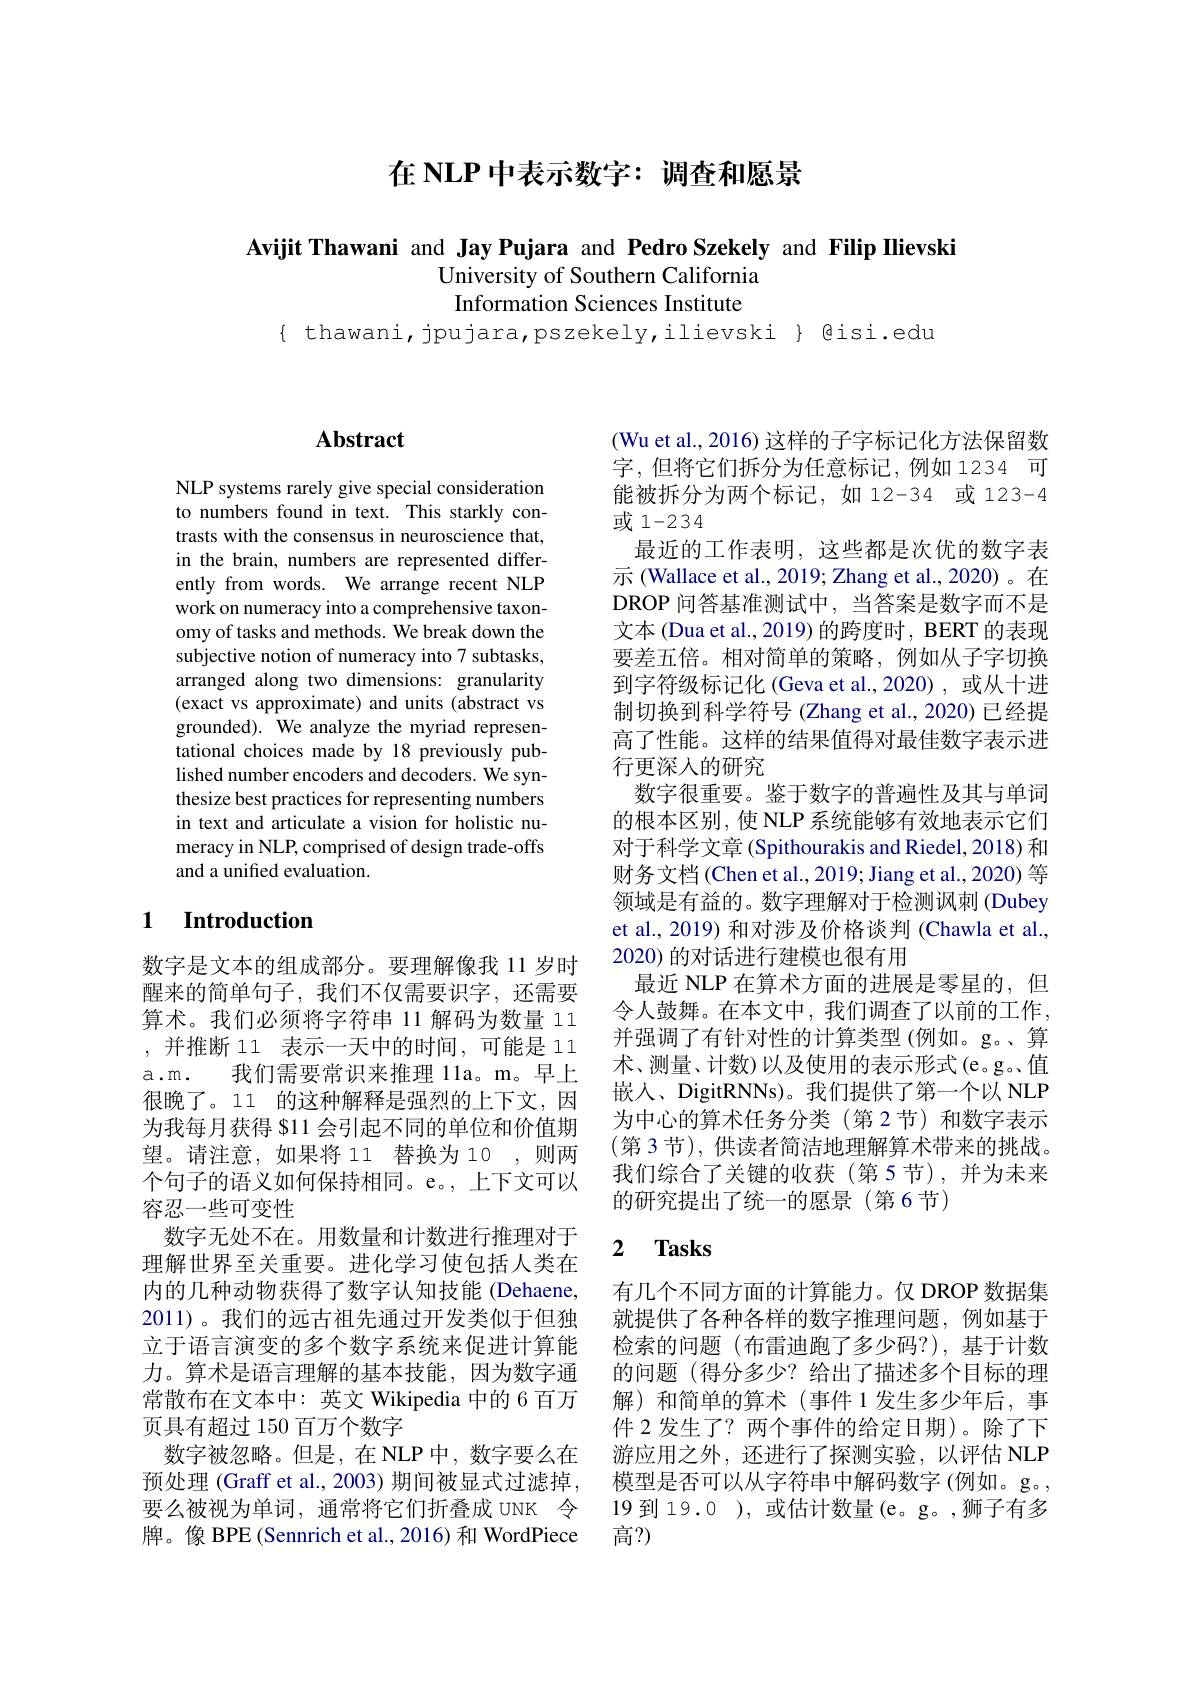
在 NLP 中表示数字：调查和愿景

Avijit Thawani and Jay Pujara and Pedro Szekely and Filip Ilievski
University of Southern California Information Sciences Institute

$\{$ thawani, jpujara,pszekely,ilievski $\}$ gisi.edu

## $\mathbf{Abstract}$

NLP systems rarely give special consideration to numbers found in text. This starkly contrasts with the consensus in neuroscience that, in the brain, numbers are represented differently from words. We arrange recent NLP work on numeracy into a comprehensive taxonomy of tasks and methods. We break down the subjective notion of numeracy into 7 subtasks, arranged along two dimensions: granularity (exact vs approximate) and units (abstract vs grounded). We analyze the myriad representational choices made by 18 previously published number encoders and decoders. We synthesize best practices for representing numbers in text and articulate a vision for holistic numeracy in NLP, comprised of design trade-offs and a unified evaluation.

# 1 Introduction

数字是文本的组成部分。要理解像我 11 岁时醒来的简单句子，我们不仅需要识字，还需要算术。我们必须将字符串 11 解码为数量 11 ,并推断 11 表示一天中的时间，可能是 11 a.m. 我们需要常识来推理 1la。m。早上很晚了。11 的这种解释是强烈的上下文，因为我每月获得 $11 会引起不同的单位和价值期望。请注意，如果将 11 替换为 10 ,则两个句子的语义如何保持相同。e。,上下文可以容忍一些可变性
数字无处不在。用数量和计数进行推理对于理解世界至关重要。进化学习使包括人类在内的几种动物获得了数字认知技能 (Dehaene, 2011)。我们的远古祖先通过开发类似于但独立于语言演变的多个数字系统来促进计算能力。算术是语言理解的基本技能，因为数字通常散布在文本中：英文 Wikipedia 中的 6 百万页具有超过 150 百万个数字
数字被忽略。但是，在 NLP 中，数字要么在预处理 (Graff et al., 2003) 期间被显式过滤掉， 要么被视为单词，通常将它们折叠成 UNK 令牌。像 BPE (Sennrich et al.,2016) 和 WordPiece

(Wu et al., 2016) 这样的子字标记化方法保留数字，但将它们拆分为任意标记，例如1234 可能被拆分为两个标记，如 12-34 或 123-4或 1-2 3 4
最近的工作表明，这些都是次优的数字表示 (Wallace et al., 2019; Zhang et al., 2020)。在DROP 问答基准测试中，当答案是数字而不是文本 (Dua et al., 2019) 的跨度时，BERT 的表现要差五倍。相对简单的策略，例如从子字切换到字符级标记化 (Geva et al.,2020) ,或从十进制切换到科学符号 (Zhang et al., 2020) 已经提高了性能。这样的结果值得对最佳数字表示进行更深人的研究
数字很重要。鉴于数字的普遍性及其与单词的根本区别，使 NLP 系统能够有效地表示它们对于科学文章 (Spithourakis and Riedel, 2018) 和财务文档 (Chen et al., 2019; Jiang et al., 2020) 等领域是有益的。数字理解对于检测讽刺 (Dubey et al., 2019) 和对涉及价格谈判 (Chawla et al., 2020) 的对话进行建模也很有用
最近 NLP 在算术方面的进展是零星的，但令人鼓舞。在本文中，我们调查了以前的工作， 并强调了有针对性的计算类型 (例如。g。、算术、测量、计数)以及使用的表示形式(e。g。值嵌入、DigitRNNs)。我们提供了第一个以 NLP 为中心的算术任务分类(第 2节)和数字表示(第 3节),供读者简洁地理解算术带来的挑战。我们综合了关键的收获(第5节),并为未来的研究提出了统一的愿景(第6节)

### 2 $\mathbf{Tasks}$

有几个不同方面的计算能力。仅 DROP 数据集就提供了各种各样的数字推理问题，例如基于检索的问题 (布雷迪跑了多少码？),基于计数的问题 (得分多少？给出了描述多个目标的理解)和简单的算术(事件 1发生多少年后，事件 2 发生了？两个事件的给定日期)。除了下游应用之外，还进行了探测实验，以评估 NLP 模型是否可以从字符串中解码数字(例如。g。, 19 到 19.0 ), 或估计数量 (e。g。,狮子有多高？)